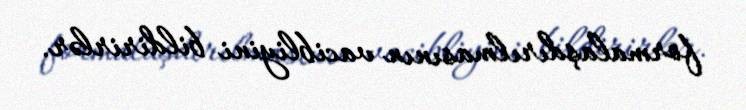
formalaşdırılmasının vacibliyini bildirirlər.